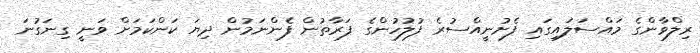
ރިލްވާންގެ މައްސަލައިގައި ފެށުނީއްސުރެ ފުލުހުންގެ ފަރާތުން ފެންނަމުން ދިޔަ ކަންކަމަށް ވަނީ ގިނަގުނަ